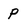
Character: P